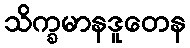
သိက္ခမာနဒူတေန